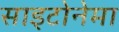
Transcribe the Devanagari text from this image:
साइटोनेमा